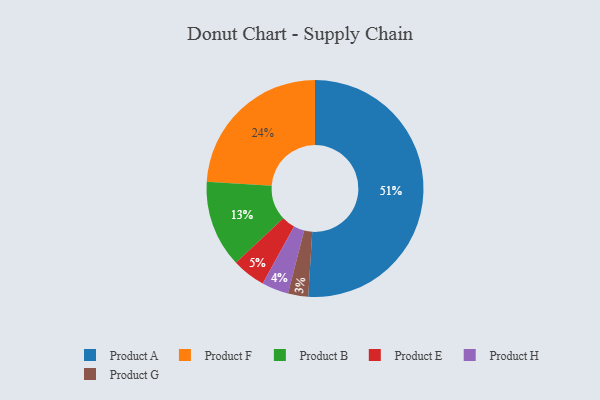
{"axis": {"x": "Category", "y": "Percentage"}, "legend": ["Product A", "Product B", "Product E", "Product F", "Product G", "Product H"], "data": [{"x": "Product G", "y": 3, "type": "Product G"}, {"x": "Product B", "y": 13, "type": "Product B"}, {"x": "Product F", "y": 24, "type": "Product F"}, {"x": "Product E", "y": 5, "type": "Product E"}, {"x": "Product A", "y": 51, "type": "Product A"}, {"x": "Product H", "y": 4, "type": "Product H"}]}